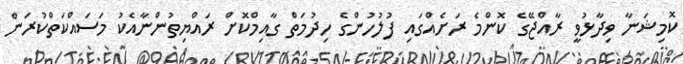
ކޮމިޝަނާ ވިދާޅުވީ ރާއްޖޭގެ ކޮންމެ ރަށެއްގައި ފުލުހުންގެ ހިދުމަތް ގާއިމްކޮށް ރައްޔިތުންނާއެކު މަސައްކަތްކުރަން